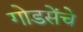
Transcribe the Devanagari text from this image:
गोडसेंचे